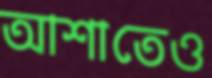
আশাতেও